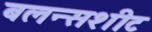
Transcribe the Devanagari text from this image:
बलन्सशीट